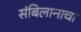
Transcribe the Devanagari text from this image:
संबिलानाचा